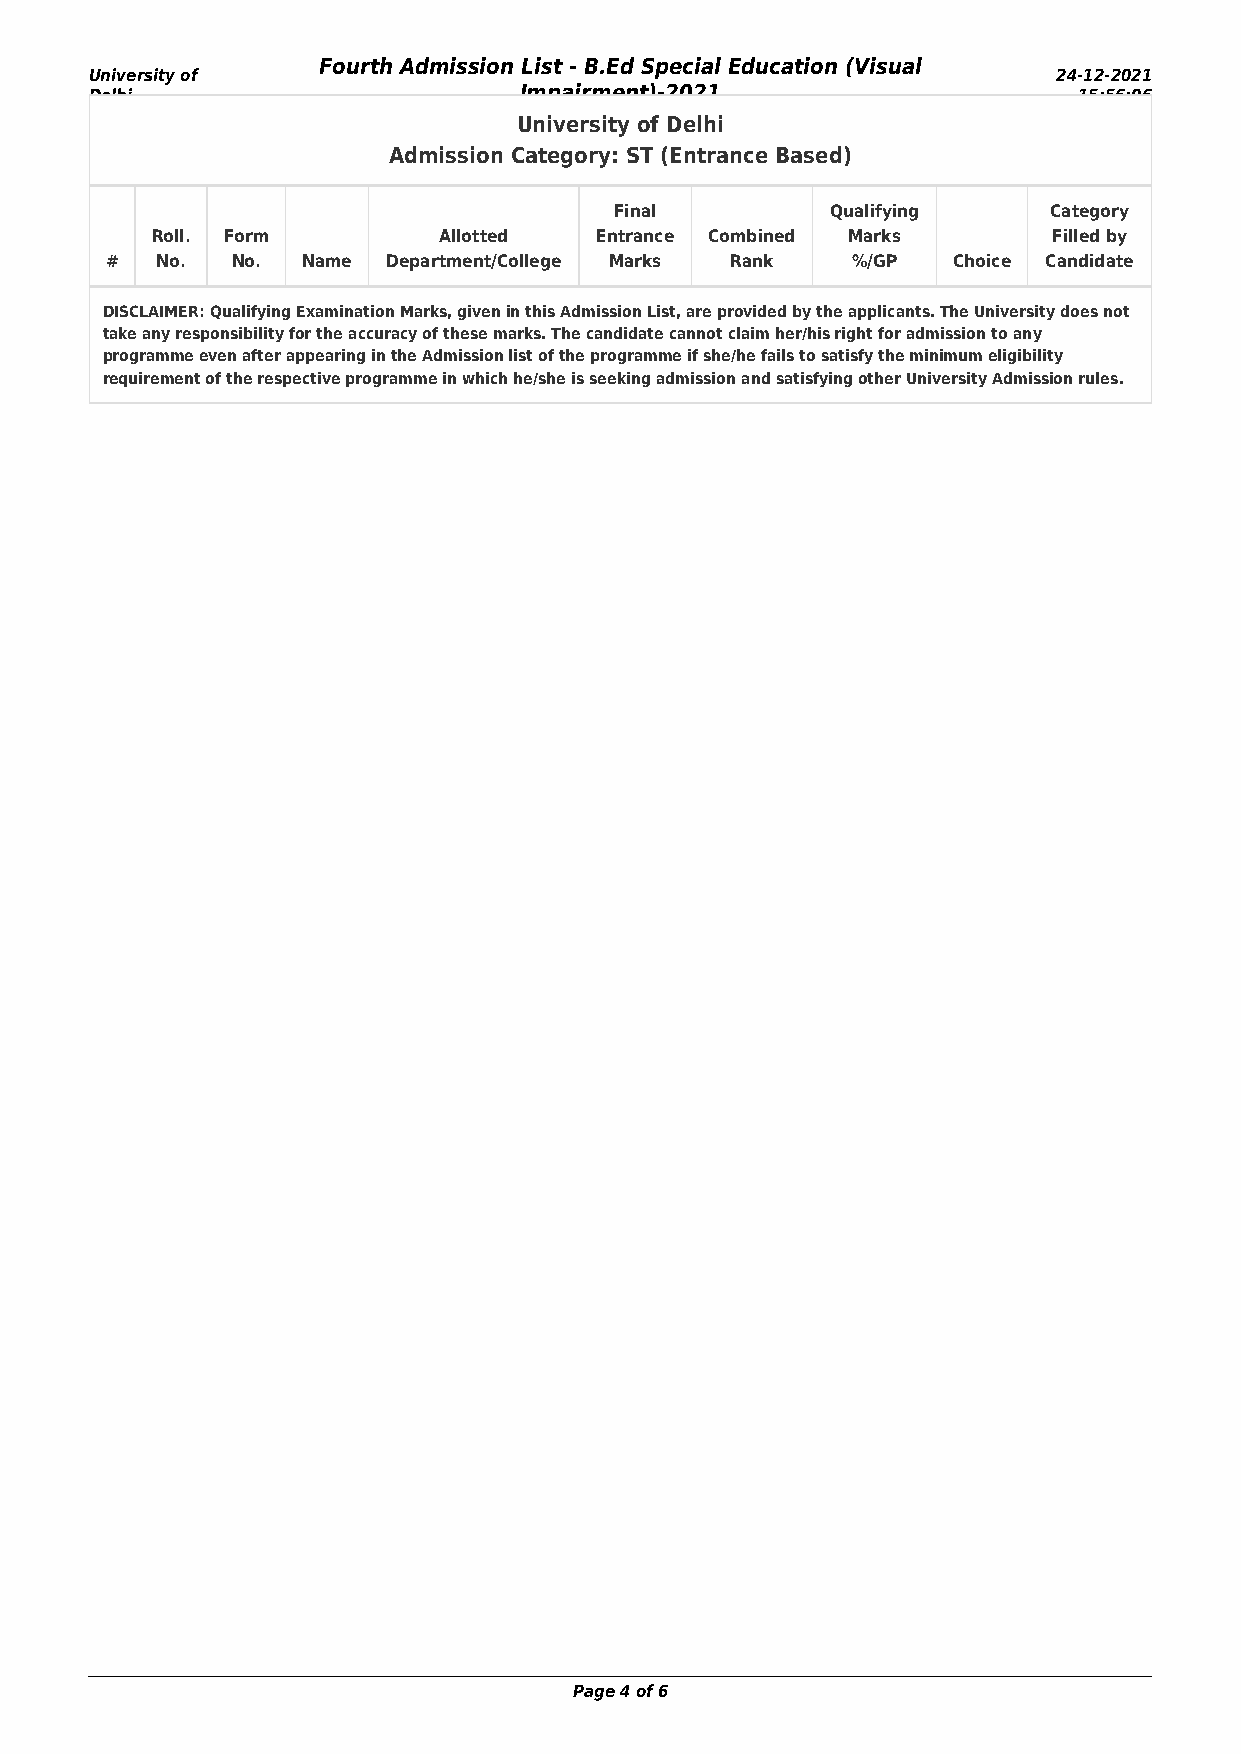
Fourth Admission List - B.Ed Special Education (Visual
 University of                                                   24-12-2021
 Delhi                       Impairment)-2021                     15:56:06
 University of Delhi
 Admission Category: ST (Entrance Based)
 Final         Qualifying    Category
 Roll. Form         Allotted  Entrance Combined Marks        Filled by
 #  No.  No.  Name  Department/College Marks Rank %/GP   Choice Candidate
 DISCLAIMER: Qualifying Examination Marks, given in this Admission List, are provided by the applicants. The University does not
 take any responsibility for the accuracy of these marks. The candidate cannot claim her/his right for admission to any
 programme even after appearing in the Admission list of the programme if she/he fails to satisfy the minimum eligibility
 requirement of the respective programme in which he/she is seeking admission and satisfying other University Admission rules.
 Page 4 of 6